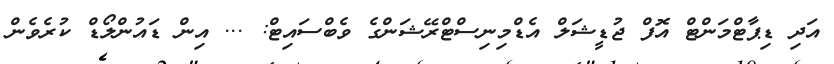
އަދި ޑިޕާޓްމަންޓް އޮފް ޖުޑީޝަލް އެޑްމިނިސްޓްރޭޝަންގެ ވެބްސައިޓް: ... އިން ޑައުންލޯޑް ކުރެވެން